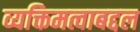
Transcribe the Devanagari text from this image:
व्यक्तिमत्वाबद्दल